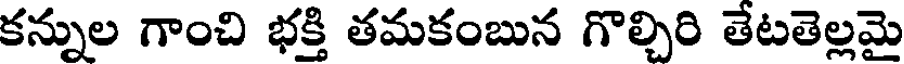
కన్నుల గాంచి భక్తి తమకంబున గొల్చిరి తేటతెల్లమై